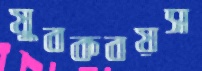
যুবকবয়স